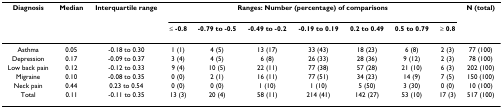
| Diagnosis | Median | Interquartile range | <COLSPAN=7> Ranges: Number (percentage) of comparisons | N (total) |
 |  |  |  | ≤ -0.8 | -0.79 to -0.5 | -0.49 to -0.2 | -0.19 to 0.19 | 0.2 to 0.49 | 0.5 to 0.79 | ≥ 0.8 |  |
 | --- | --- | --- | --- | --- | --- | --- | --- | --- | --- | --- |
 | Asthma | 0.05 | -0.18 to 0.30 | 1 (1) | 4 (5) | 13 (17) | 33 (43) | 18 (23) | 6 (8) | 2 (3) | 77 (100) |
 | Depression | 0.17 | -0.09 to 0.37 | 3 (4) | 4 (5) | 6 (8) | 26 (33) | 28 (36) | 9 (12) | 2 (3) | 78 (100) |
 | Low back pain | 0.12 | -0.12 to 0.33 | 9 (4) | 10 (5) | 22 (11) | 77 (38) | 57 (28) | 21 (10) | 6 (3) | 202 (100) |
 | Migraine | 0.10 | -0.08 to 0.35 | 0 (0) | 2 (1) | 16 (11) | 77 (51) | 34 (23) | 14 (9) | 7 (5) | 150 (100) |
 | Neck pain | 0.44 | 0.23 to 0.54 | 0 (0) | 0 (0) | 1 (10) | 1 (10) | 5 (50) | 3 (30) | 0 (0) | 10 (100) |
 | Total | 0.11 | -0.11 to 0.35 | 13 (3) | 20 (4) | 58 (11) | 214 (41) | 142 (27) | 53 (10) | 17 (3) | 517 (100) |